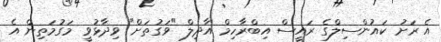
އެ ރަށު ކައުންސިލްގެ ރައީސް އިބްރާހިމް އާދިލް "ވަގުތަށް" ވިދާޅުވީ މަގުމަތިން އެ